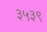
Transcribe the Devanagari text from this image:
३५३९